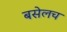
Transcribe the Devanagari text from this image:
बसेलच